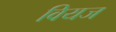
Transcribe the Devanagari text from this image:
वियज